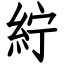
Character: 紵